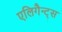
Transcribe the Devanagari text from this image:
एलिगैन्ट्स